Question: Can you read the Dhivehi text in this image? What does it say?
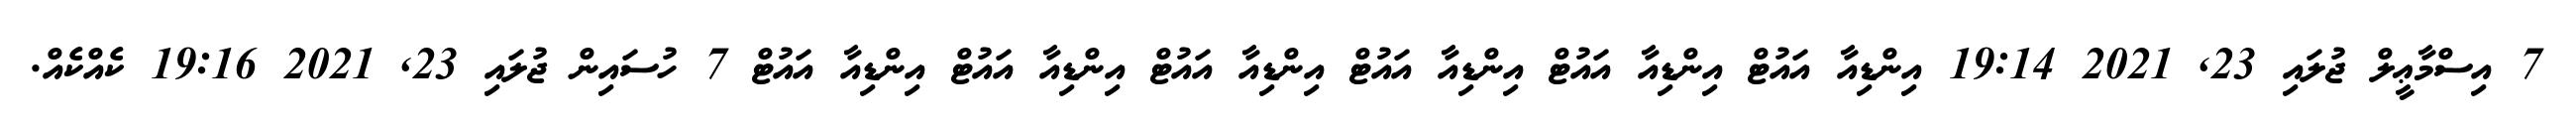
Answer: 7 އިސްމާޢީލް ޖުލައި 23, 2021 19:14 އިންޑިއާ އައުޓް އިންޑިއާ އައުޓް އިންޑިއާ އައުޓް އިންޑިއާ އައުޓް އިންޑިއާ އައުޓް އިންޑިއާ އައުޓް 7 ހުސައިން ޖުލައި 23, 2021 19:16 ކެއްކެއް.